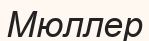
Мюллер